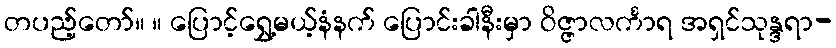
တပည့်တော်။ ။ ပြောင့်ရွှေ့မယ့်နံနက် ပြောင်းခါနီးမှာ ဝိဇ္ဇာလင်္ကာရ အရှင်သုန္ဒရာ-